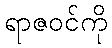
ရာဇဝင်ကို